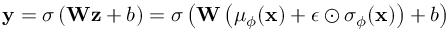
\mathbf { y } = \sigma \left( \mathbf { W } \mathbf { z } + b \right) = \sigma \left( \mathbf { W } \left( \mu _ { \phi } ( \mathbf { x } ) + \epsilon \odot \sigma _ { \phi } ( \mathbf { x } ) \right) + b \right)